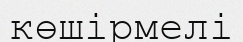
көшірмелі